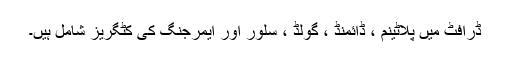
ڈرافٹ میں پلاٹینم ، ڈائمنڈ ، گولڈ ، سلور اور ایمرجنگ کی کٹگریز شامل ہیں۔